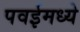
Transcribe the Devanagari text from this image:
पवईमध्ये